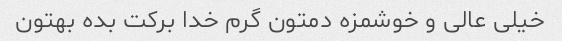
خیلی عالی و خوشمزه دمتون گرم خدا برکت بده بهتون